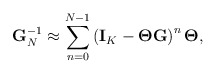
\begin{align*}\mathbf{G}^{-1}_{N} \approx \sum_{n=0}^{N-1} \left( \mathbf{I}_K - \mathbf{\Theta} \mathbf{G} \right)^n \mathbf{\Theta},\end{align*}